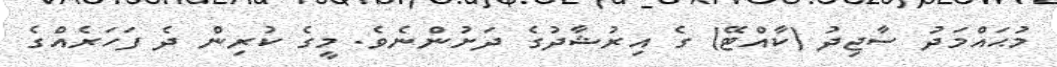
މުޙައްމަދު ސާޖިދު (ކާއްޓޭ) ގެ އިރުޝާދުގެ ދަށުންނެވެ. މީގެ ކުރިން ދެ ފަހަރެއްގެ